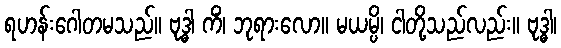
ရဟန်းဂေါတမသည်။ ဗုဒ္ဓါ ကိံ၊ ဘုရားလော။ မယမ္ပိ၊ ငါတို့သည်လည်း။ ဗုဒ္ဓါ၊